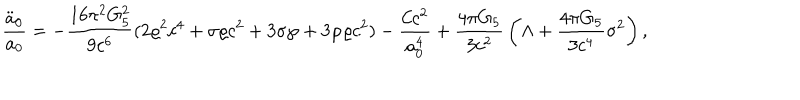
{ \frac { \ddot { a } _ { 0 } } { a _ { 0 } } } = - { \frac { 1 6 \pi ^ { 2 } G _ { 5 } ^ { 2 } } { 9 c ^ { 6 } } } ( 2 \varrho ^ { 2 } c ^ { 4 } + \sigma \varrho c ^ { 2 } + 3 \sigma \wp + 3 \wp \varrho c ^ { 2 } ) - { \frac { { \cal C } c ^ { 2 } } { a _ { 0 } ^ { 4 } } } + { \frac { 4 \pi G _ { 5 } } { 3 c ^ { 2 } } } \left( \Lambda + { \frac { 4 \pi G _ { 5 } } { 3 c ^ { 4 } } } \sigma ^ { 2 } \right) ,